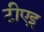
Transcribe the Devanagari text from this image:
टीएइ